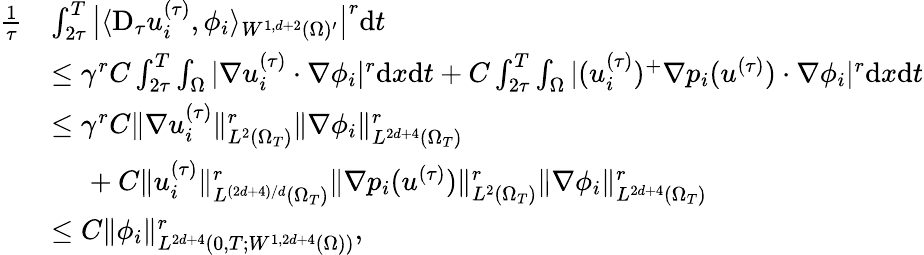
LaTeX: \begin{array}{rl}{\frac{1}{\tau}}&{\int_{2\tau}^{T}\big|\langle\mathrm{D}_{\tau}u_{i}^{(\tau)},\phi_{i}\rangle_{W^{1,d+2}(\Omega)^{\prime}}\big|^{r}\mathrm{d}t}\\ &{\le\gamma^{r}C\int_{2\tau}^{T}\int_{\Omega}|\nabla u_{i}^{(\tau)}\cdot\nabla\phi_{i}|^{r}\mathrm{d}x\mathrm{d}t+C\int_{2\tau}^{T}\int_{\Omega}|(u_{i}^{(\tau)})^{+}\nabla p_{i}(u^{(\tau)})\cdot\nabla\phi_{i}|^{r}\mathrm{d}x\mathrm{d}t}\\ &{\le\gamma^{r}C\| \nabla u_{i}^{(\tau)}\| _{L^{2}(\Omega_{T})}^{r}\| \nabla\phi_{i}\| _{L^{2d+4}(\Omega_{T})}^{r}}\\ &{\phantom{xx}+C\| u_{i}^{(\tau)}\| _{L^{(2d+4)/d}(\Omega_{T})}^{r}\| \nabla p_{i}(u^{(\tau)})\| _{L^{2}(\Omega_{T})}^{r}\| \nabla\phi_{i}\| _{L^{2d+4}(\Omega_{T})}^{r}}\\ &{\le C\| \phi_{i}\| _{L^{2d+4}(0,T;W^{1,2d+4}(\Omega))}^{r},}\end{array}